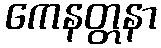
ကေနတ္တနာ